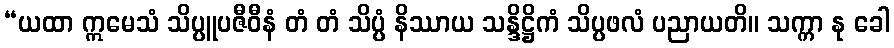
“ယထာ ဣမေသံ သိပ္ပူပဇီဝီနံ တံ တံ သိပ္ပံ နိဿာယ သန္ဒိဋ္ဌိကံ သိပ္ပဖလံ ပညာယတိ။ သက္ကာ နု ခေါ